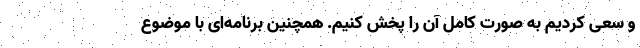
و سعی کردیم به صورت کامل آن را پخش کنیم. همچنین برنامه‌ای با موضوع